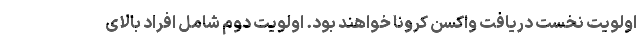
اولویت نخست دریافت واکسن کرونا خواهند بود. اولویت دوم شامل افراد بالای